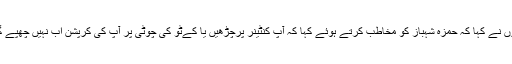
انہوں نے کہا کہ حمزہ شہباز کو مخاطب کرتے ہوئے کہا کہ آپ کنٹینر پرچڑھیں یا کےٹو کی چوٹی پر آپ کی کرپشن اب نہیں چھپے گی۔